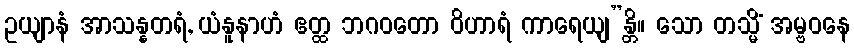
ဥယျာနံ အာသန္နတရံ, ယံနူနာဟံ ဧတ္ထ ဘဂဝတော ဝိဟာရံ ကာရေယျ”န္တိ။ သော တသ္မိံ အမ္ဗဝနေ